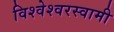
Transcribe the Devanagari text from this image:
विश्वेश्वरस्वामी